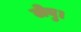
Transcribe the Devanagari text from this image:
लेवु।